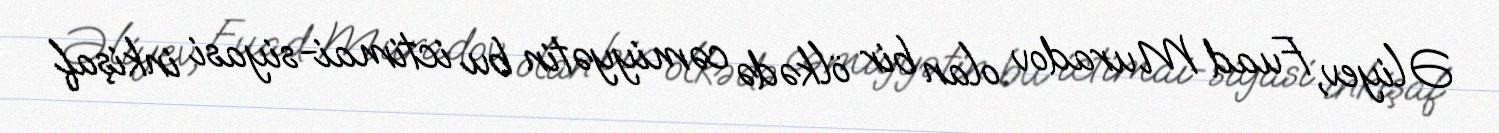
Əliyev, Fuad Muradov olan bir ölkədə cəmiyyətin bu ictimai-siyasi inkişaf